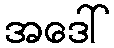
အဒေါ်